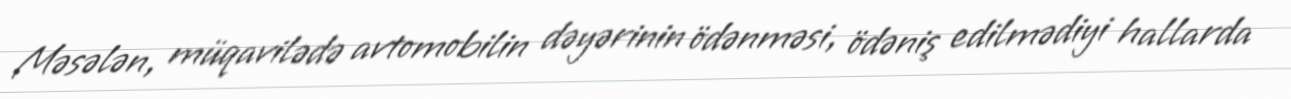
Məsələn, müqavilədə avtomobilin dəyərinin ödənməsi, ödəniş edilmədiyi hallarda